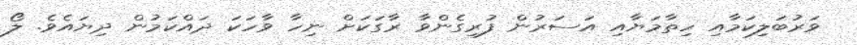
ވަރުބަލިކަމާއި ހިތާމަޔާއި އަސަރުން ފުރިގެންވާ ރާގަކަށް ނިހާ ވާހަކަ ދައްކަމުން ދިޔައެވެ. ލޯ